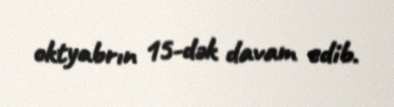
oktyabrın 15-dək davam edib.